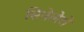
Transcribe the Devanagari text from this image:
सिनेलेरो